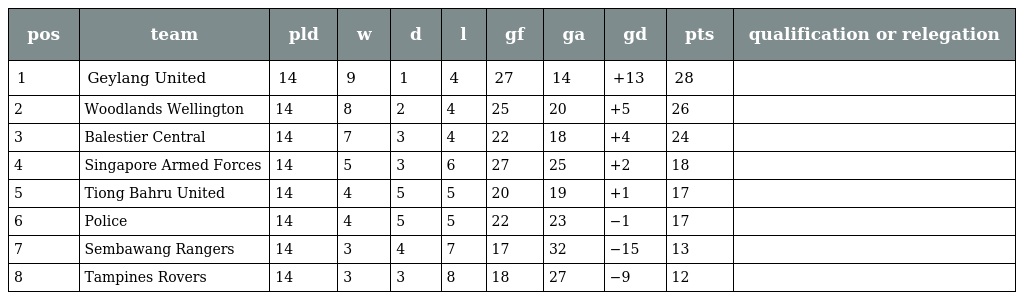
| pos | team | pld | w | d | l | gf | ga | gd | pts | qualification or relegation |
 | --- | --- | --- | --- | --- | --- | --- | --- | --- | --- | --- |
 | 1 | Geylang United | 14 | 9 | 1 | 4 | 27 | 14 | +13 | 28 |  |
 | 2 | Woodlands Wellington | 14 | 8 | 2 | 4 | 25 | 20 | +5 | 26 |  |
 | 3 | Balestier Central | 14 | 7 | 3 | 4 | 22 | 18 | +4 | 24 |  |
 | 4 | Singapore Armed Forces | 14 | 5 | 3 | 6 | 27 | 25 | +2 | 18 |  |
 | 5 | Tiong Bahru United | 14 | 4 | 5 | 5 | 20 | 19 | +1 | 17 |  |
 | 6 | Police | 14 | 4 | 5 | 5 | 22 | 23 | −1 | 17 |  |
 | 7 | Sembawang Rangers | 14 | 3 | 4 | 7 | 17 | 32 | −15 | 13 |  |
 | 8 | Tampines Rovers | 14 | 3 | 3 | 8 | 18 | 27 | −9 | 12 |  |